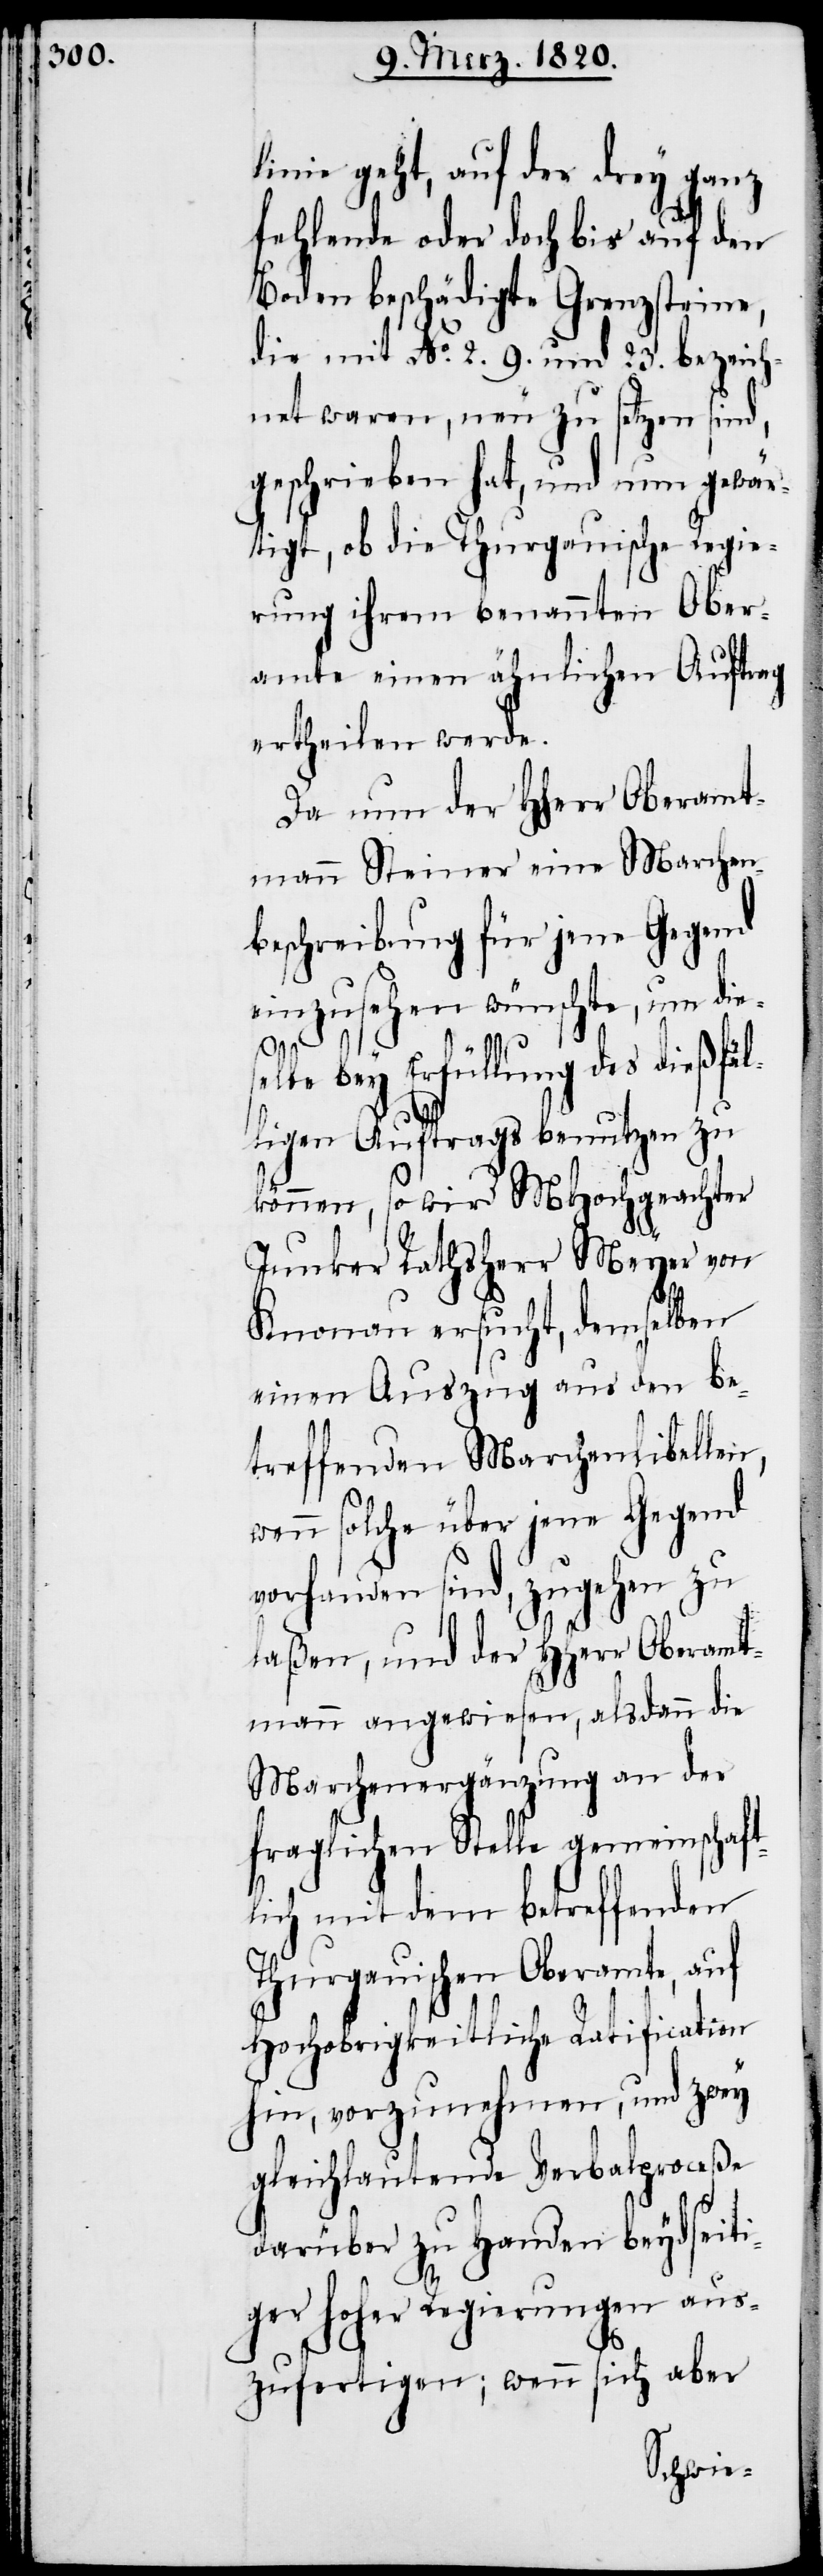
linie geht, auf der drey ganz
fehlende oder doch bis auf den
Boden beschädigte Grenzsteine,
die mit No. 2. 9. und 23. bezeich¬
net waren, neu zu setzen sind,
geschrieben hat, und nun gewär¬
tigt, ob die Thurgauische Regie¬
rung ihrem benannten Ober¬
amte einen ähnlichen Auftrag
ertheilen werde.
Da nun der Hherr Oberamt¬
mann Steiner eine Marchen¬
beschreibung für jene Gegend
einzusehen wünschte, um die¬
fäl¬
bey Erfüllung des dieß¬
ligen Auftrags benutzen zu
können, so wird MHochgeachter
Junker Rathsherr Meyer von
Knonau ersucht, demselben
einen Auszug aus den be¬
treffenden Marchenlibellen,
wenn solche über jene Gegend
vorhanden sind, zugehen zu
laßen, und der HHerr Oberamt¬
mann angewiesen, alsdann die
Marchenergänzung an der
fraglichen Stelle gemeinschaft¬
lich mit dem betreffenden
Thurgauischen Oberamte, auf
Hochobrigkeitliche Ratification
hin, vorzunehmen, und zwey
gleichlautende Verbalproceße
darüber zu Handen beydseiti¬
ger hoher Regierungen aus¬
zufertigen; wenn sich aber